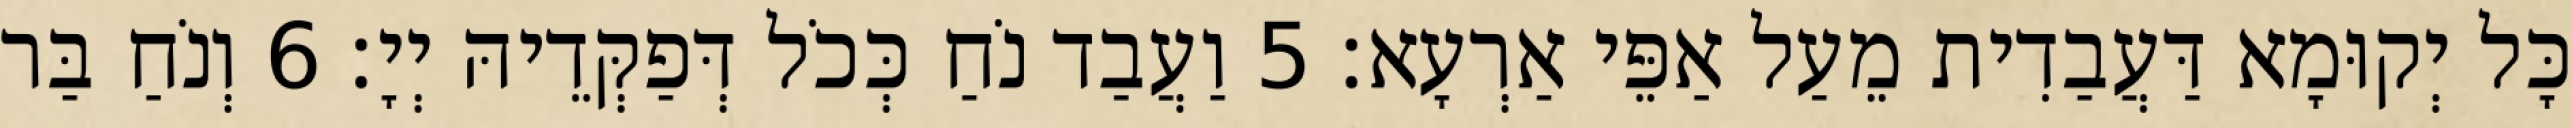
כָּל יְקוּמָא דַּעֲבַדִית מֵעַל אַפֵּי אַרְעָא׃ 5 וַעֲבַד נֹחַ כְּכֹל דְּפַקְּדֵיהּ יְיָ׃ 6 וְנֹחַ בַּר